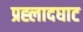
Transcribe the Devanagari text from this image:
प्रह्लादघाट